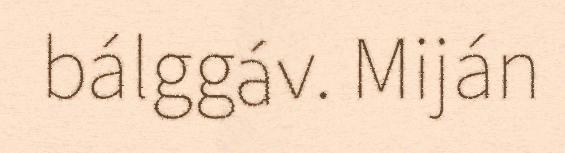
bálggáv. Miján